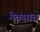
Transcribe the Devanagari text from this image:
मेक्साब